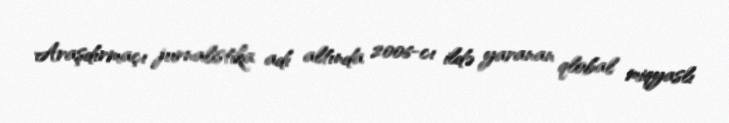
Araşdırmaçı jurnalistika adı altında 2006-cı ildə yaranan qlobal miqyaslı